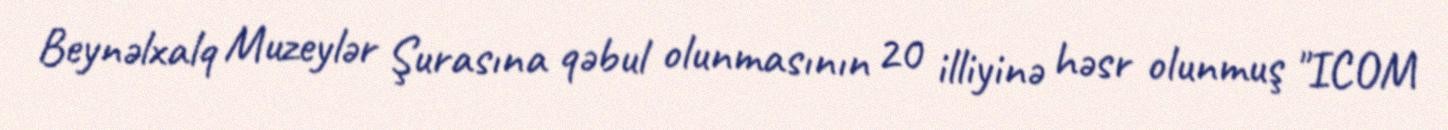
Beynəlxalq Muzeylər Şurasına qəbul olunmasının 20 illiyinə həsr olunmuş "ICOM